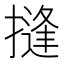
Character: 摓